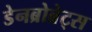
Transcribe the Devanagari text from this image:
डेनब्रोब्रेट्स